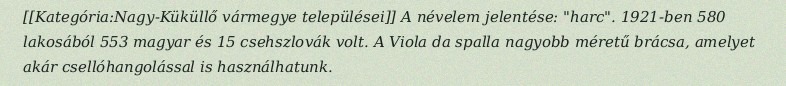
[[Kategória:Nagy-Küküllő vármegye települései]] A névelem jelentése: "harc". 1921-ben 580 lakosából 553 magyar és 15 csehszlovák volt. A Viola da spalla nagyobb méretű brácsa, amelyet akár csellóhangolással is használhatunk.